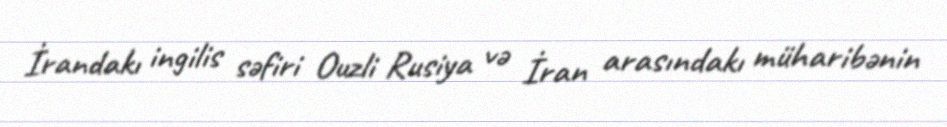
İrandakı ingilis səfiri Ouzli Rusiya və İran arasındakı müharibənin